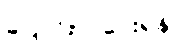
ပြောင်းလဲပေးရန်